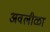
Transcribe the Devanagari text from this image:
अवलीळा